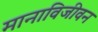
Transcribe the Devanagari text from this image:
मानाविजीवन